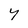
Character: y